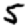
Digit: 5